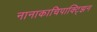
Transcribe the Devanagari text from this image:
नानाकाचिपाक्ट्झिन